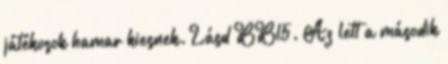
játékosok hamar kiesnek. Lásd BB15. Az lett a második